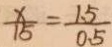
\frac { x } { 1 5 } = \frac { 1 . 5 } { 0 . 5 }